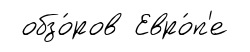
обзо́ров Евро́п'е